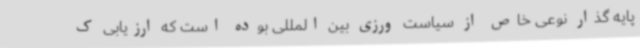
پایه گذار نوعی خاص از سیاست ورزی بین المللی بوده است که ارزیابی ک